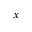
x